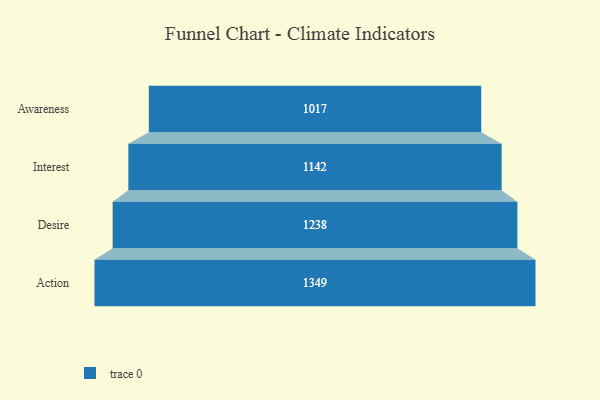
{"axis": {"x": "Stage", "y": "Value"}, "legend": [""], "data": [{"x": "Awareness", "y": 1017.0, "type": ""}, {"x": "Interest", "y": 1142.0, "type": ""}, {"x": "Desire", "y": 1238.0, "type": ""}, {"x": "Action", "y": 1349.0, "type": ""}]}